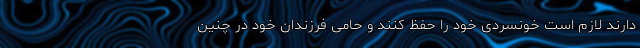
دارند لازم است خونسردی خود را حفظ کنند و حامی فرزندان خود در چنین